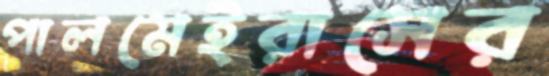
পালমেইরাসের